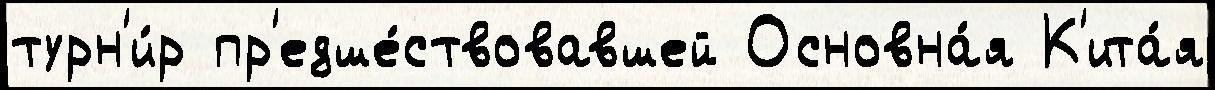
турн'и́р пр'едше́ствовавшей Основна́я К'ита́я